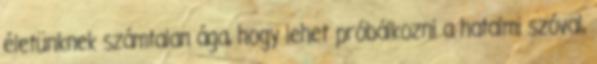
életünknek számtalan ága, hogy lehet próbálkozni a hatalmi szóval,